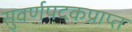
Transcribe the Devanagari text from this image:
सुवर्णपदकप्राप्त